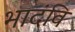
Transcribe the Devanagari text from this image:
भादंवि